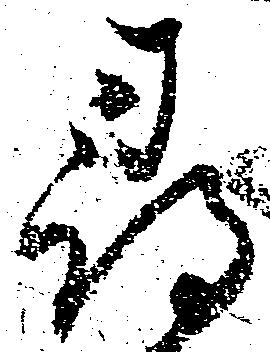
尋